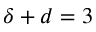
\delta + d = 3